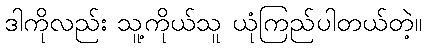
ဒါကိုလည်း သူ့ကိုယ်သူ ယုံကြည်ပါတယ်တဲ့။